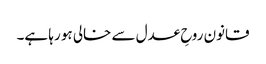
قانون روحِ عدل سے خالی ہو رہا ہے۔